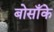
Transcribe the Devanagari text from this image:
बोसाँके